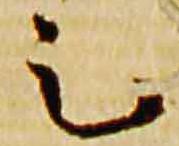
足